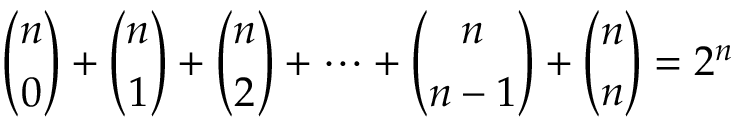
{ \binom { n } { 0 } } + { \binom { n } { 1 } } + { \binom { n } { 2 } } + \cdots + { \binom { n } { n - 1 } } + { \binom { n } { n } } = 2 ^ { n }